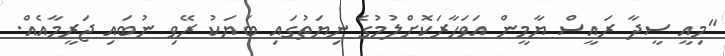
"މިއީ ސީދާ ރައީސް ޔާމީން އަވަހާރަކޮށްލުމުގެ ނިޔަތުގައި ބަޔަކު ރޭވި ނުބައި ޖަރީމާއެއް.